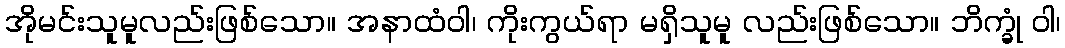
အိုမင်းသူမူလည်းဖြစ်သော။ အနာထံဝါ၊ ကိုးကွယ်ရာ မရှိသူမူ လည်းဖြစ်သော။ ဘိက္ခုံ ဝါ၊